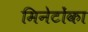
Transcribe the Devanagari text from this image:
मिनेटोंका